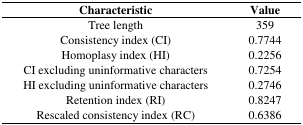
<table><thead><tr><td><b>Characteristic</b></td><td><b>Value</b></td></tr></thead><tbody><tr><td>Tree length</td><td>359</td></tr><tr><td>Consistency index (CI)</td><td>0.7744</td></tr><tr><td>Homoplasy index (HI)</td><td>0.2256</td></tr><tr><td>CI excluding uninformative characters</td><td>0.7254</td></tr><tr><td>HI excluding uninformative characters</td><td>0.2746</td></tr><tr><td>Retention index (RI)</td><td>0.8247</td></tr><tr><td>Rescaled consistency index (RC)</td><td>0.6386</td></tr></tbody></table>